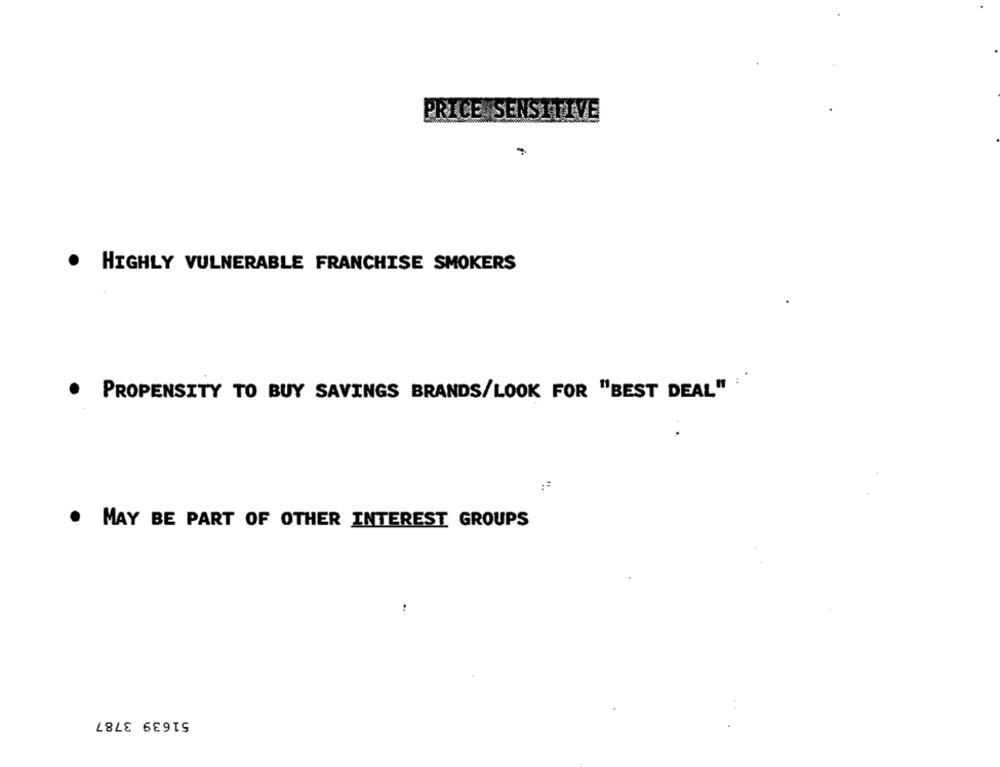
PRICE SENSITIVE
.
HIGHLY VULNERABLE FRANCHISE SMOKERS
.
PROPENSITY TO BUY SAVINGS BRANDS/LOOK FOR "BEST DEAL"
. MAY BE PART OF OTHER INTEREST GROUPS
51639 3787